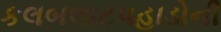
કલબલાટપહાડોની